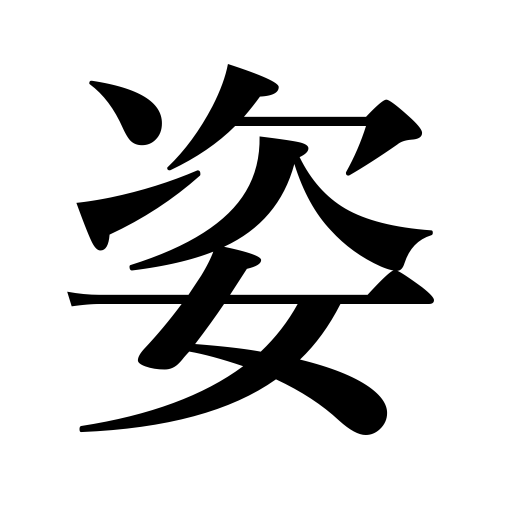
Meanings: oneself,form,attire,shape,figure,posture,aspect,portrait,appearance